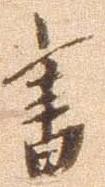
書